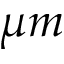
\mu m